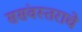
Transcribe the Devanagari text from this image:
ससंवस्तराचे